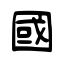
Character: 國